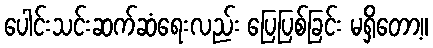
ပေါင်းသင်းဆက်ဆံရေးလည်း ပြေပြစ်ခြင်း မရှိတော့။